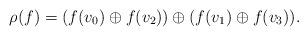
LaTeX: \begin{align*}\rho(f) = (f(v_{0}) \oplus f(v_{2}) ) \oplus (f(v_{1}) \oplus f(v_{3})) . \end{align*}